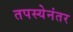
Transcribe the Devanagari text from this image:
तपस्येनंतर